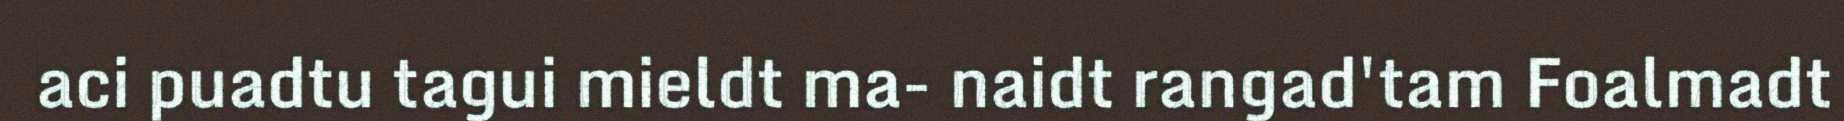
aci puadtu tagui mieldt ma- naidt rangad'tam Foalmadt